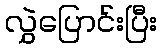
လွှဲပြောင်းပြီး